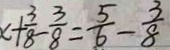
x + \frac { 3 } { 8 } - \frac { 3 } { 8 } = \frac { 5 } { 6 } - \frac { 3 } { 8 }